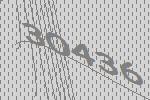
30436